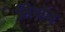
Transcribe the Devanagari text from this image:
लिथॉस